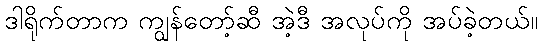
ဒါရိုက်တာက ကျွန်တော့်ဆီ အဲ့ဒီ အလုပ်ကို အပ်ခဲ့တယ်။